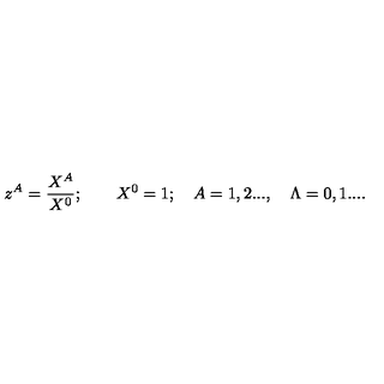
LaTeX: z ^ { A } = { \frac { X ^ { A } } { X ^ { 0 } } } ; \qquad X ^ { 0 } = 1 ; \quad A = 1 , 2 . . . , \quad \Lambda = 0 , 1 . . . .